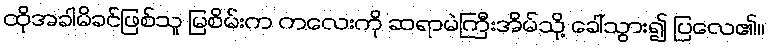
ထိုအခါမိခင်ဖြစ်သူ မြစိမ်းက ကလေးကို ဆရာမဲကြီးအိမ်သို့ ခေါ်သွား၍ ပြလေ၏။